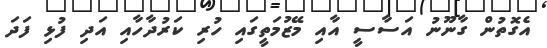
އެގޮތުން ގާނޫނު އަސާސީ އާއި މޭޒުމަތީގައި ހުރި ކަރުދާހާއި އަދި ފުޅި ފަދަ